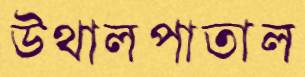
উথালপাতাল